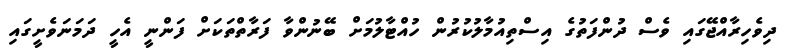
ދިވެހިރާއްޖޭގައި ވެސް ދުންފަތުގެ އިސްތިއުމާލުކުރުން ހުއްޓާލުމަށް ބޭނުންވާ ފަރާތްތަކަށް ފަންނީ އެހީ ދަމަނަވެށީގައި